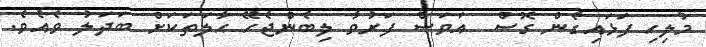
މުލިހި ފަޅައިގެން ގޮސް  އަވަސް ފަރުވާ ލިބެންޖެހޭ ޙާލަތަކަށް ބަދަލު ވެއެވެ.